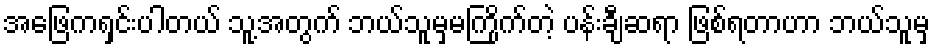
အဖြေကရှင်းပါတယ် သူ့အတွက် ဘယ်သူမှမကြိုက်တဲ့ ပန်းချီဆရာ ဖြစ်ရတာဟာ ဘယ်သူမှ